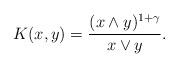
LaTeX: \begin{align*} K(x,y)= \frac{(x \land y)^{1+\gamma}} {x \lor y}.\end{align*}